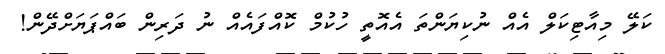
ކަލޭ މިއާޓިކަލް އެއް ނުކިޔަންތަ އެއޮތީ ހުކުމް ކޮއްފައެއް ނު ދަރިން ބައްޕަޔަށްދޭން!